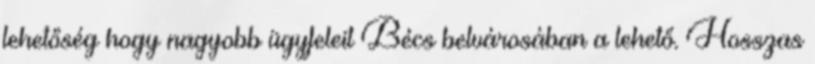
lehetőség hogy nagyobb ügyfeleit Bécs belvárosában a lehető. Hosszas